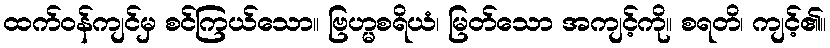
ထက်ဝန်ကျင်မှ စင်ကြယ်သော။ ဗြဟ္မစရိယံ၊ မြတ်သော အကျင့်ကို။ စရတိ၊ ကျင့်၏။